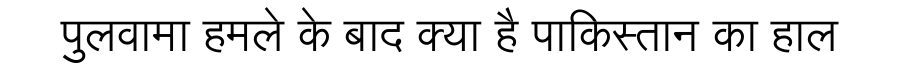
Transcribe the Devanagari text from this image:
पुलवामा हमले के बाद क्या है पाकिस्तान का हाल